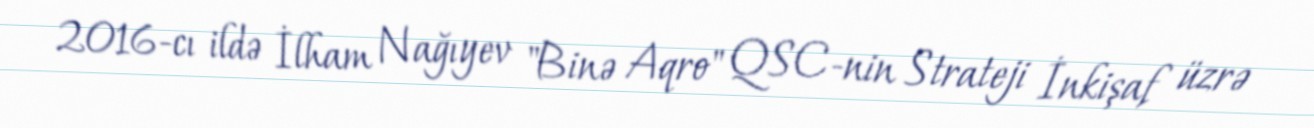
2016-cı ildə İlham Nağıyev "Binə Aqro" QSC-nin Strateji İnkişaf üzrə